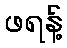
ဖရန့်